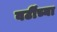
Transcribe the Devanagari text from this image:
वर्टींच्या